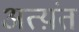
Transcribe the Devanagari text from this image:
अत्य़ंत